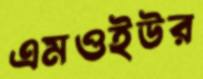
এমওইউর